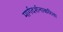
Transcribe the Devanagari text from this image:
मार्गदर्शनाकरिता